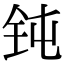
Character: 钝